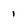
Character: 1